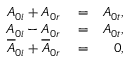
\begin{array} { r l r } { A _ { 0 i } + A _ { 0 r } } & { { } = } & { A _ { 0 t } , } \\ { A _ { 0 i } - A _ { 0 r } } & { { } = } & { A _ { 0 t } , } \\ { \overline { { A } } _ { 0 i } + \overline { { A } } _ { 0 r } } & { { } = } & { 0 , } \end{array}